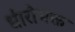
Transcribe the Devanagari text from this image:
धीरोभक्त